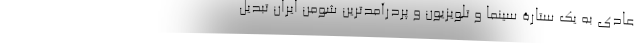
عادی به یک ستارۀ سینما و تلویزیون و پُردرآمدترین شومن ایران تبدیل